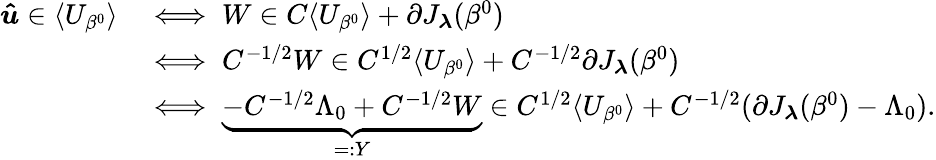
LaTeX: \begin{array}{rl}{\boldsymbol{\hat{u}}\in\langle U_{\beta^{0}}\rangle}&{\iff W\in C\langle U_{\beta^{0}}\rangle+\partial J_{\boldsymbol{\lambda}}(\beta^{0})}\\ &{\iff C^{-1/2}W\in C^{1/2}\langle U_{\beta^{0}}\rangle+C^{-1/2}\partial J_{\boldsymbol{\lambda}}(\beta^{0})}\\ &{\iff\underbrace{-C^{-1/2}\Lambda_{0}+C^{-1/2}W}_{=:Y}\in C^{1/2}\langle U_{\beta^{0}}\rangle+C^{-1/2}(\partial J_{\boldsymbol{\lambda}}(\beta^{0})-\Lambda_{0}).}\end{array}